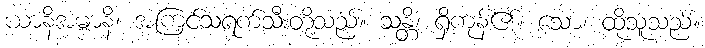
ယာနိအမ္ဗာနိ၊ အကြင်သရက်သီးတို့သည်။ သန္တိ၊ ရှိကုန်၏။ သော၊ ထိုသူသည်။